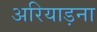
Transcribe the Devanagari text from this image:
अरियाड़ना